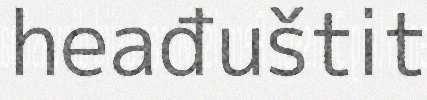
heađuštit